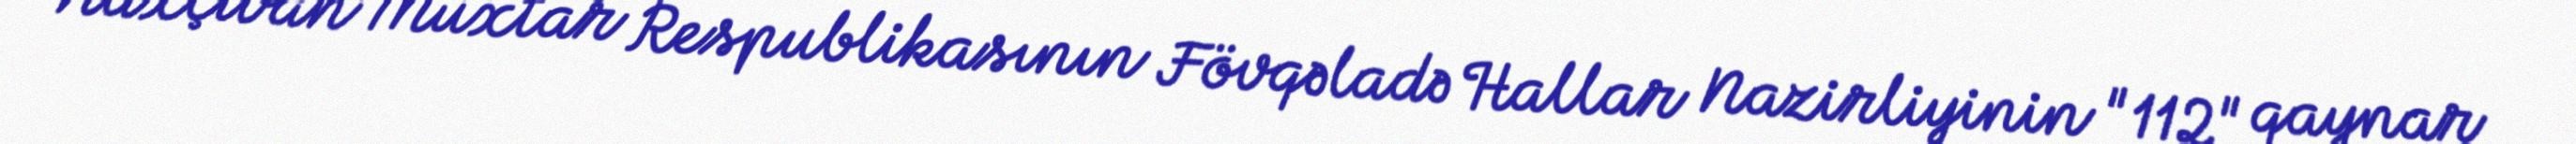
Naxçıvan Muxtar Respublikasının Fövqəladə Hallar Nazirliyinin "112" qaynar